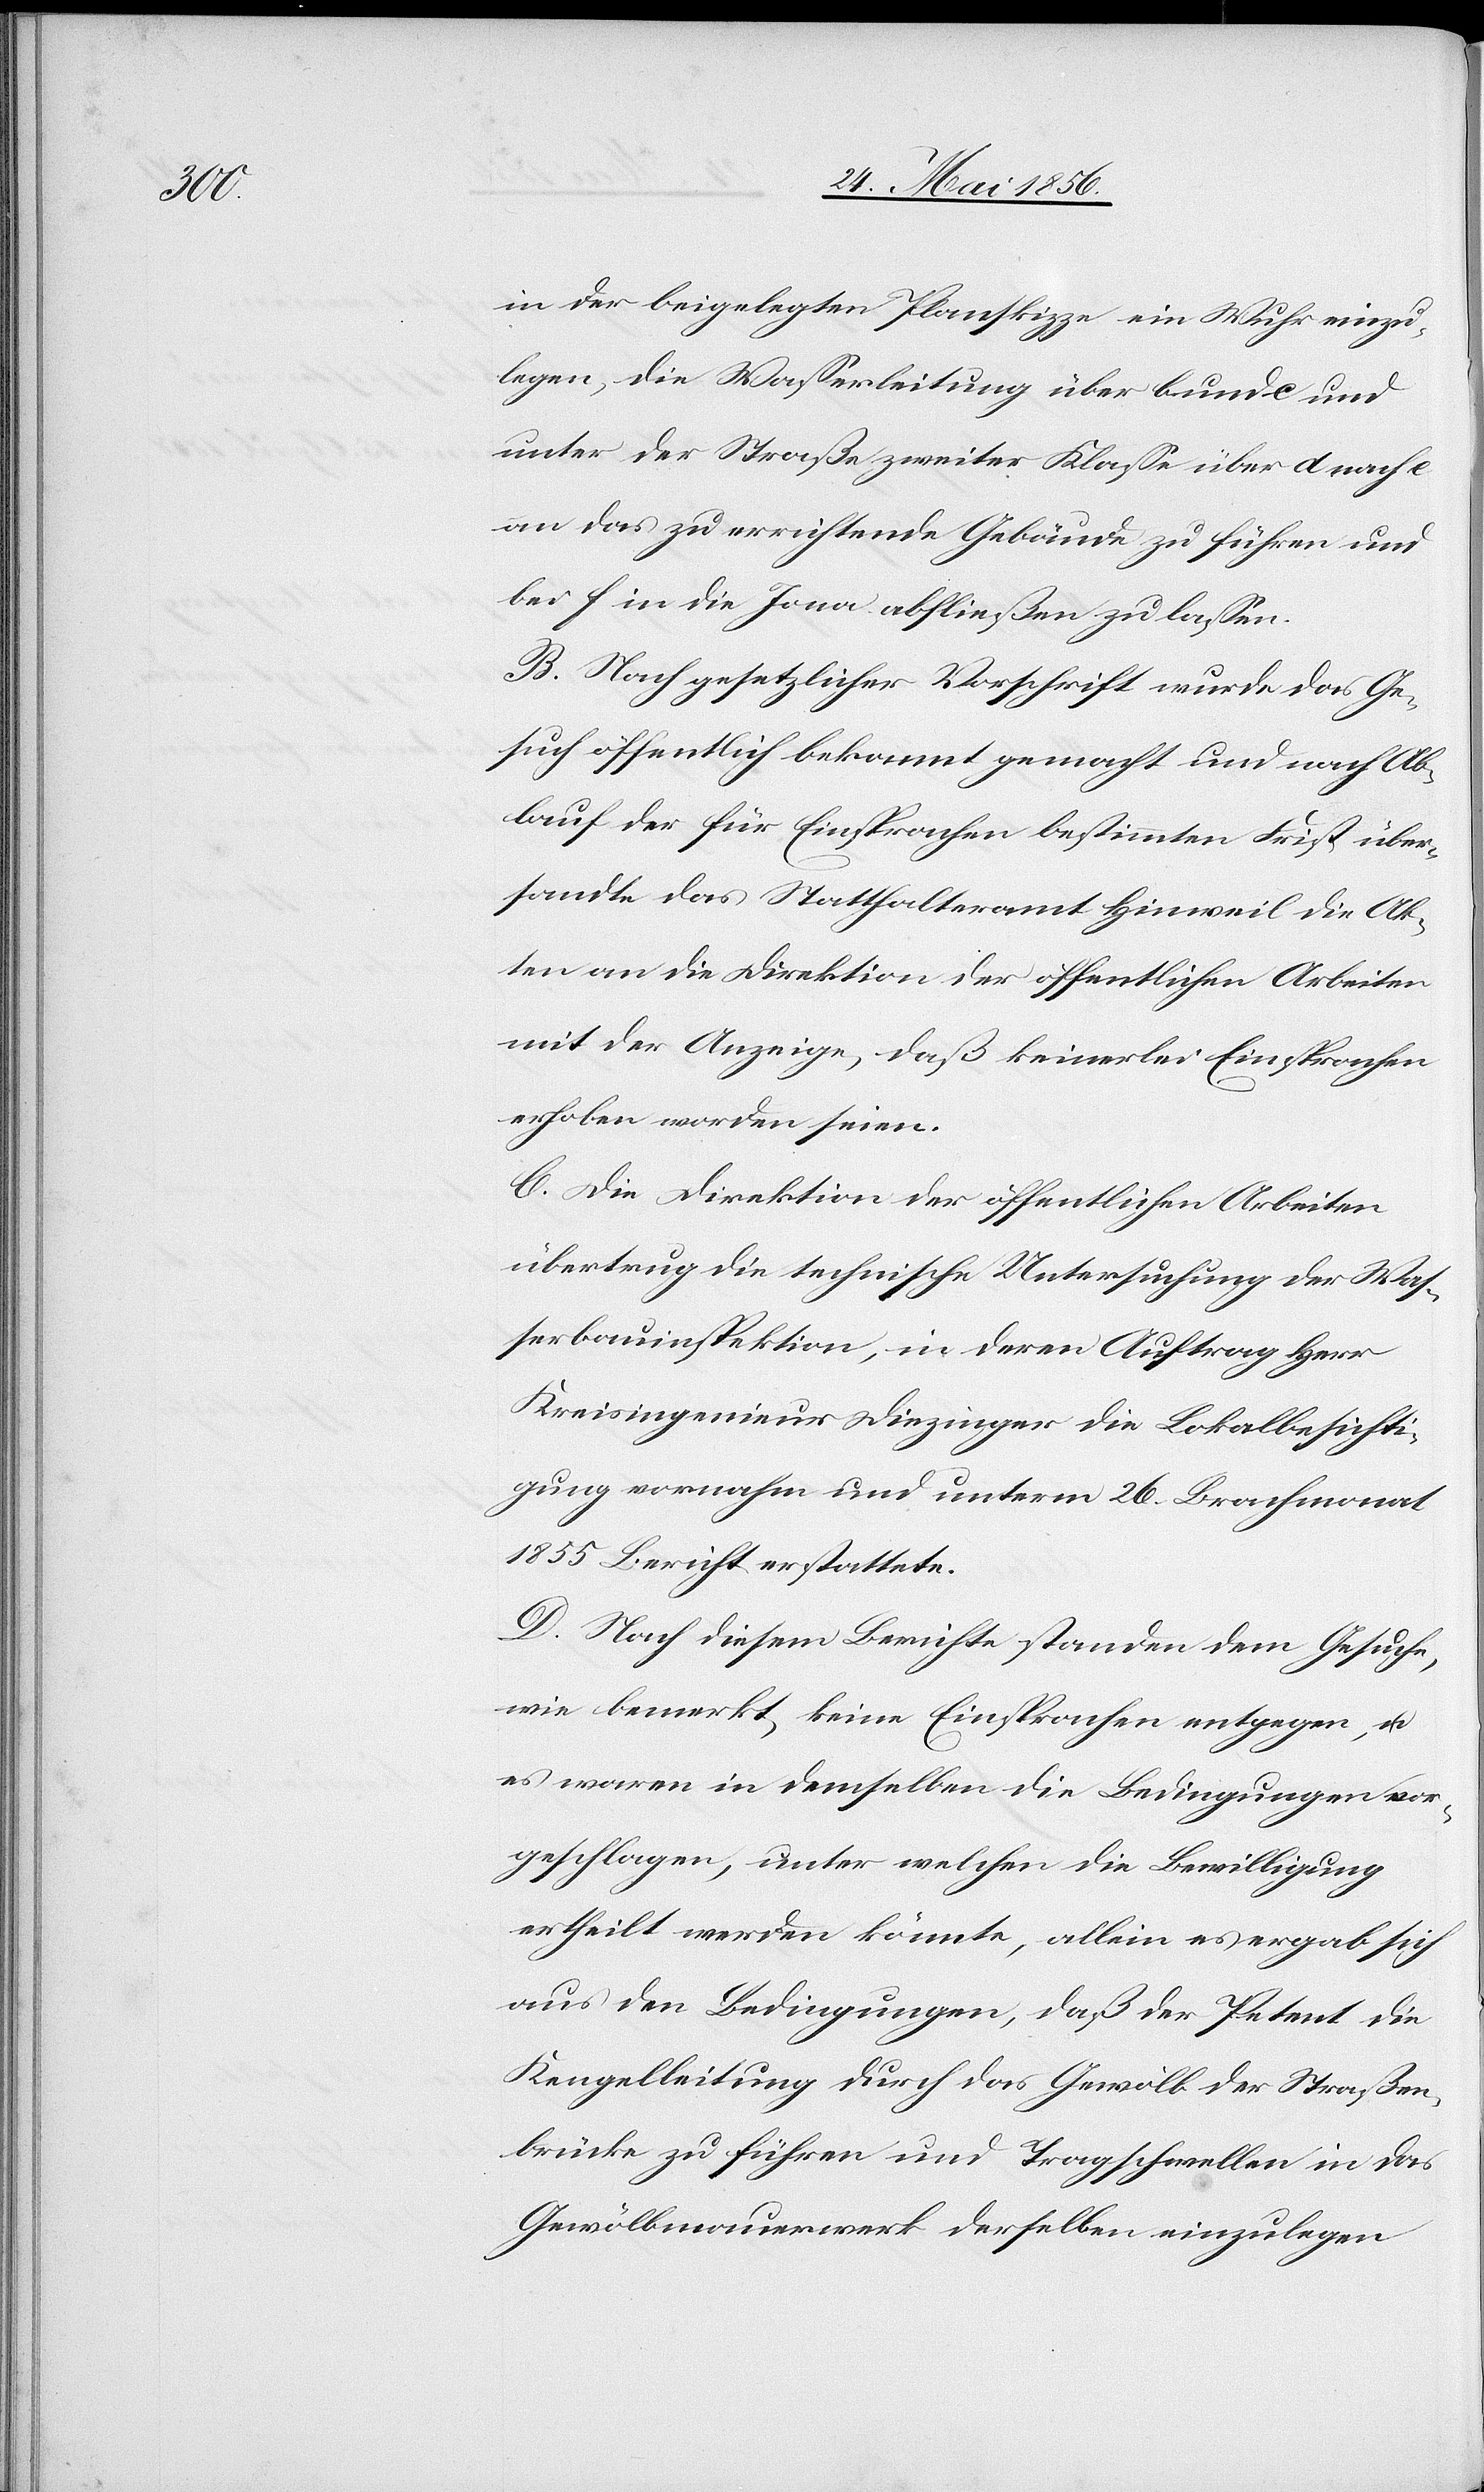
in der beigelegten Planskizze ein Wuhr einzu¬
legen, die Wasserleitung über b und c und
unter der Straße zweiter Klasse über d nach e
an das zu errichtende Gebäude zu führen und
bei f in die Jona abfließen zu lassen.
B. Nach gesetzlicher Vorschrift wurde das Ge¬
such öffentlich bekannt gemacht und nach Ab¬
lauf der für Einsprachen bestimmten Frist über¬
sandte das Statthalteramt Hinweil die Ak¬
ten an die Direktion der öffentlichen Arbeiten
mit der Anzeige, daß keinerlei Einsprachen
erhoben worden seien.
C. Die Direktion der öffentlichen Arbeiten
übertrug die technische Untersuchung der Was¬
serbauinspektion, in deren Auftrag Herr
Kreisingenieur Diezinger die Lokalbesichti¬
gung vornahm und unterm 26. Brachmonat
1855 Bericht erstattete.
D. Nach diesem Berichte standen dem Gesuche,
wie bemerkt, keine Einsprachen entgegen, u.
es waren in demselben die Bedingungen vor¬
geschlagen, unter welchen die Bewilligung
ertheilt werden könnte, allein es ergab sich
aus den Bedingungen, daß der Petent die
Kengelleitung durch das Gewölb der Straßen¬
brücke zu führen und Tragschwellen in das
Gewölbmauerwerk derselben einzulegen